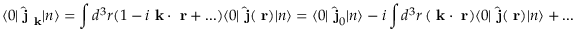
\langle 0 | \hat { \mathrm { \bf ~ j } } _ { \mathrm { \bf ~ k } } | n \rangle = \int d ^ { 3 } r ( 1 - i \mathrm { \bf ~ k } \cdot \mathrm { \bf ~ r } + . . . ) \langle 0 | \hat { \mathrm { \bf ~ j } } ( \mathrm { \bf ~ r } ) | n \rangle = \langle 0 | \hat { \mathrm { \bf ~ j } } _ { 0 } | n \rangle - i \int d ^ { 3 } r \, ( \mathrm { \bf ~ k } \cdot \mathrm { \bf ~ r } ) \langle 0 | \hat { \mathrm { \bf ~ j } } ( \mathrm { \bf ~ r } ) | n \rangle + . . .